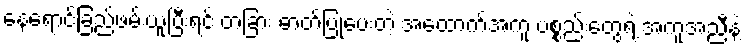
နေရောင်ခြည်ဖမ်းယူပြီးရင် တခြား ဓာတ်ပြုပေးတဲ့ အထောက်အကူ ပစ္စည်းတွေရဲ့ အကူအညီနဲ့